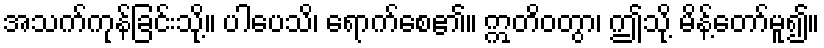
အသက်ကုန်ခြင်းသို့။ ပါပေသိ၊ ရောက်စေ၏။ ဣတိဝတွာ၊ ဤသို့ မိန့်တော်မူ၍။